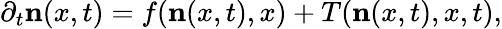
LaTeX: \partial_{t}\mathbf{n}(x,t)=f(\mathbf{n}(x,t),x)+T(\mathbf{n}(x,t),x,t),